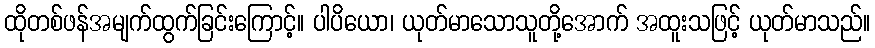
ထိုတစ်ဖန်အမျက်ထွက်ခြင်းကြောင့်။ ပါပိယော၊ ယုတ်မာသောသူတို့အောက် အထူးသဖြင့် ယုတ်မာသည်။